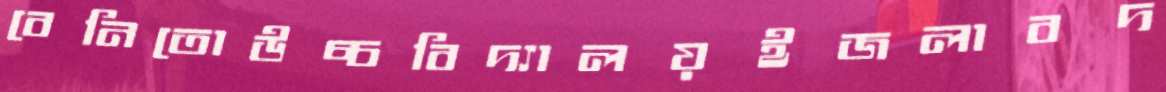
বেনিতোউচ্চবিদ্যালয়ইজলাবদ